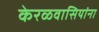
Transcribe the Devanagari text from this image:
केरळवासियांना